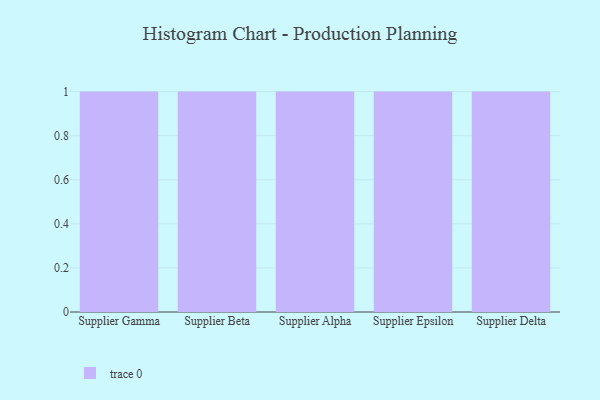
{"axis": {"x": "Supplier", "y": "Inventory Turnover"}, "legend": [""], "data": [{"x": "Supplier Gamma", "y": 85, "type": ""}, {"x": "Supplier Beta", "y": 22, "type": ""}, {"x": "Supplier Alpha", "y": 66, "type": ""}, {"x": "Supplier Epsilon", "y": 24, "type": ""}, {"x": "Supplier Delta", "y": 55, "type": ""}]}